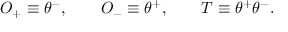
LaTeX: O _ { + } \equiv \theta ^ { - } , \qquad O _ { - } \equiv \theta ^ { + } , \qquad T \equiv \theta ^ { + } \theta ^ { - } .